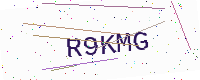
Text: R9KMG